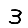
Digit: 3